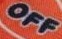
OFF